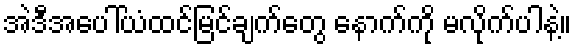
အဲဒီအပေါ်ယံထင်မြင်ချက်တွေ နောက်ကို မလိုက်ပါနဲ့။